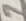
Text: 1